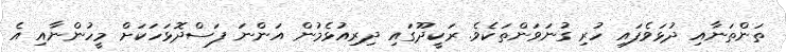
ތަންތަނާއި ދުޅަވެފައި ހުރި ގުނަވަންތަކެވެ. ރަކީދޫގައި ދިރިއުޅެމުން އަންނަ ފަސްދޮޅަހަކަށް މީހުންނާއި އެ